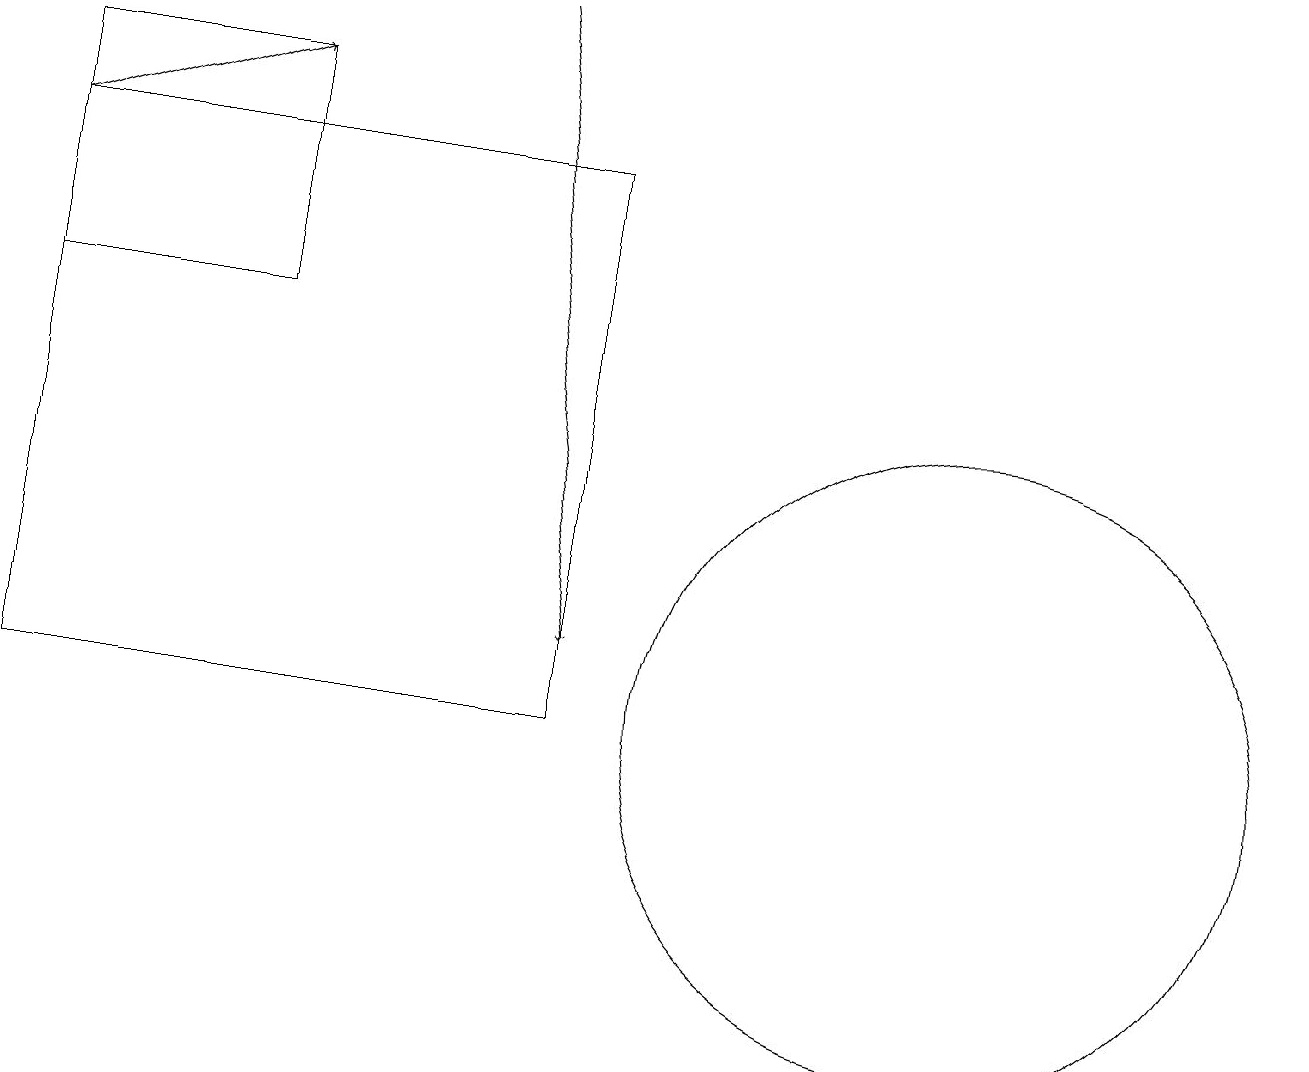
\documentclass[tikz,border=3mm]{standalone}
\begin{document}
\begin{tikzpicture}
\draw[->] (0,17) -- (3,18);
\draw (12,10) circle (4);
\draw (7,10) rectangle (0,17);
\draw[->] (6,19) -- (7,11);
\draw (3,18) rectangle (0,15);
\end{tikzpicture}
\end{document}